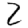
Digit: 2